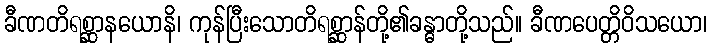
ခီဏတိရစ္ဆာနယောနိ၊ ကုန်ပြီးသောတိရစ္ဆာန်တို့၏ခန္ဓာတို့သည်။ ခီဏပေတ္တိဝိသယော၊